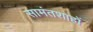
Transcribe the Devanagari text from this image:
सामंतशाहों